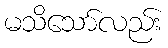
မသိသော်လည်း